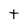
Character: t